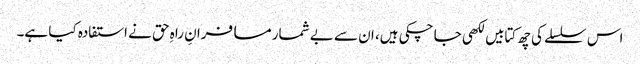
اس سلسلے کی چھ کتابیں لکھی جا چکی ہیں، ان سے بے شمار مسافرانِ راہِ حق نے استفادہ کیا ہے۔